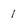
Character: 1